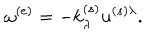
\omega ^ { ( e ) } = - k _ { \lambda } ^ { ( s ) } u ^ { ( s ) \lambda } .